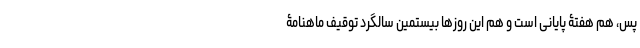
پس، هم هفتۀ پایانی است و هم این روزها بیستمین سالگرد توقیف ماهنامۀ